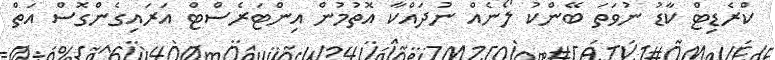
ކްރެޑިޓް ކާޑު ނުވަތަ ބޭންކު ލޯނެއް ނުދައްކާ އޮތުމުން އިންޓަރެސްޓް އަރައިގެންގޮސް އަތް